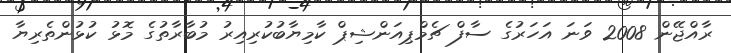
ރާއްޖޭން 2008 ވަނަ އަހަރުގެ ސާފް ޗެމްޕިއަންޝިޕް ކާމިޔާބުކުރިއިރު މުބާރާތުގެ މޮޅު ކުޅުންތެރިޔާ